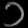
Digit: ၁